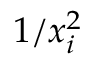
1 / x _ { i } ^ { 2 }